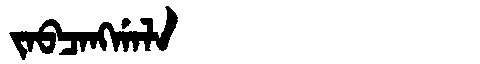
Manchu: ᠵᠠᠪᠴᠠᠩᡤᠠᠯᠠ
Romanization: JABCANGGALA